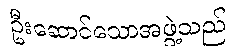
ဦးဆောင်သောအဖွဲ့သည်